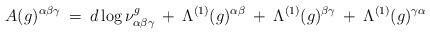
LaTeX: \begin{align*}A(g)^{\alpha \beta \gamma} \: = \: d \log \nu^g_{\alpha \beta \gamma}\: + \: \Lambda^{(1)}(g)^{\alpha \beta} \: + \:\Lambda^{(1)}(g)^{\beta \gamma} \: + \:\Lambda^{(1)}(g)^{\gamma \alpha}\end{align*}